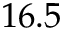
1 6 . 5